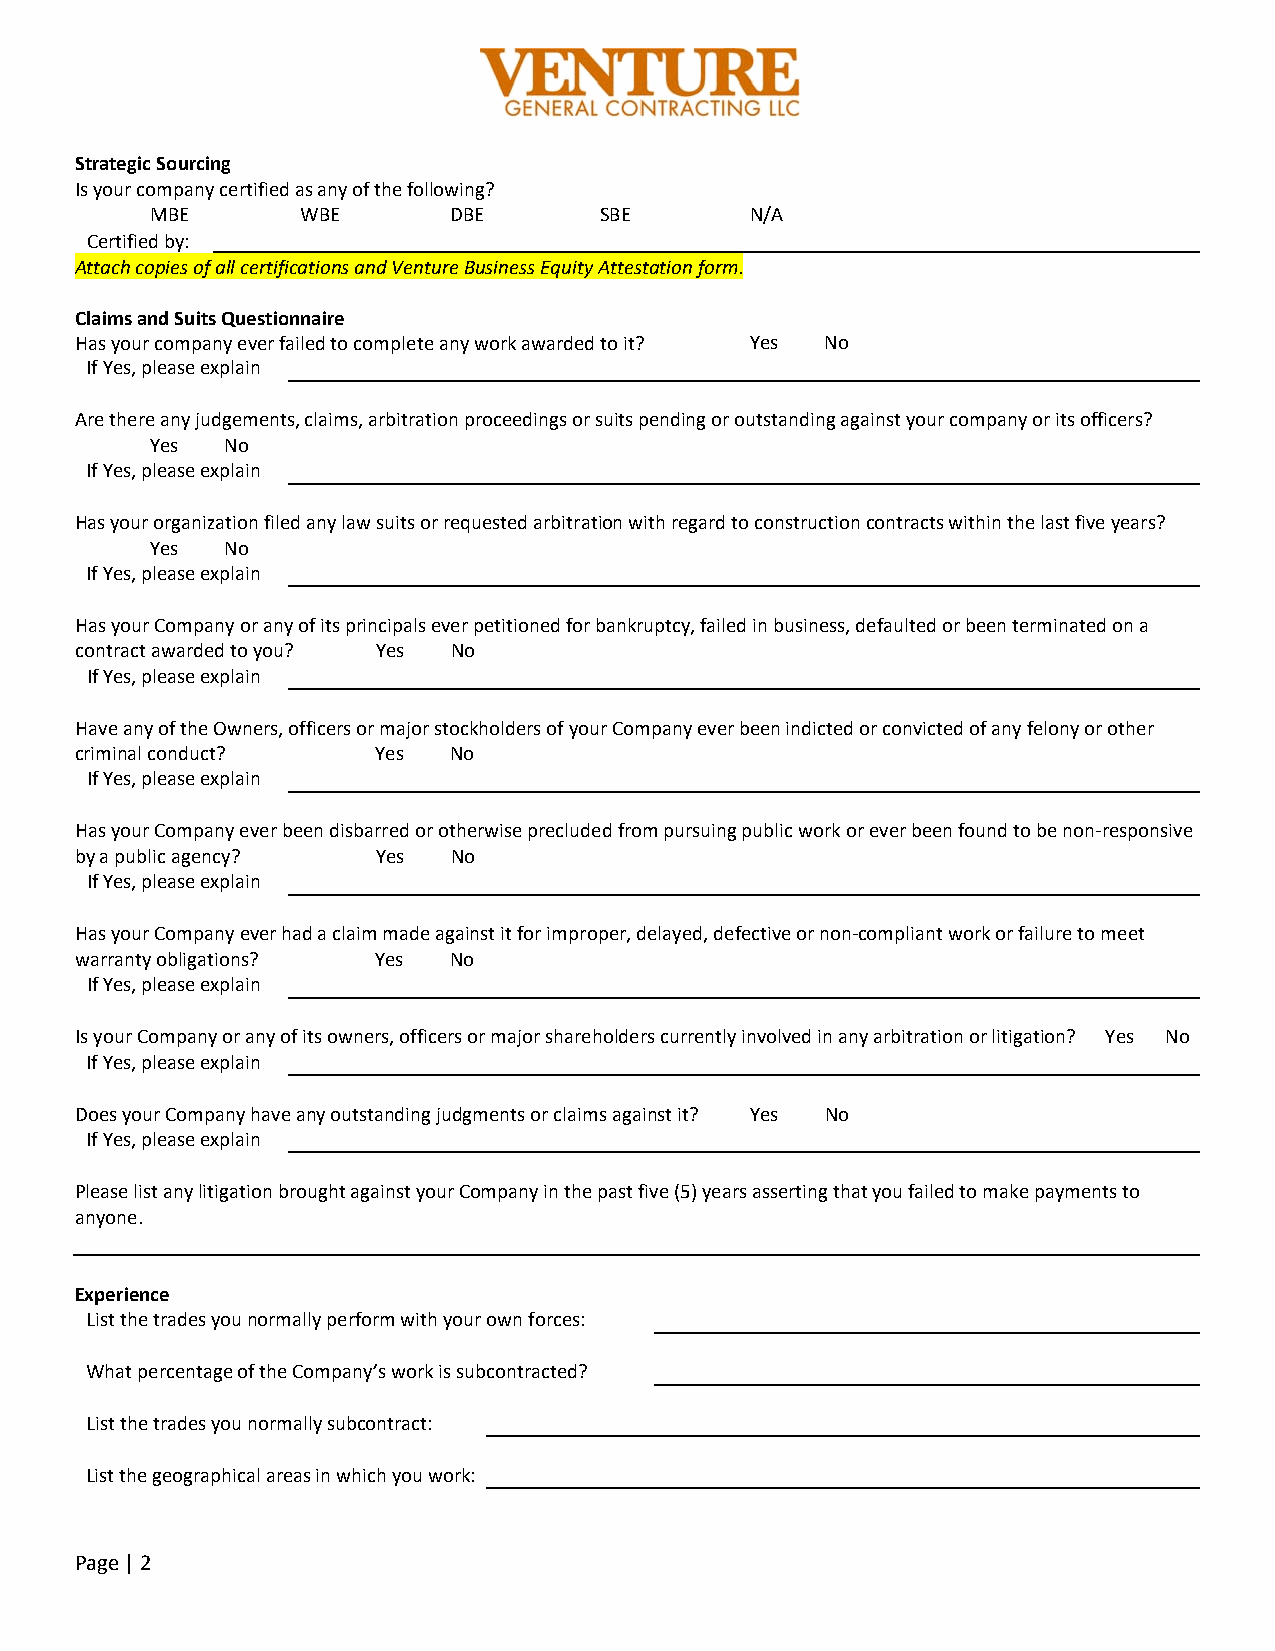
Strategic Sourcing
 Is your company certified as any of the following?
 MBE       WBE       DBE       SBE       N/A
 Certified by:
 Attach copies of all certifications and Venture Business Equity Attestation form.
 Claims and Suits Questionnaire
 Has your company ever failed to complete any work awarded to it? Yes No
 If Yes, please explain
 Are there any judgements, claims, arbitration proceedings or suits pending or outstanding against your company or its officers?
 Yes  No
 If Yes, please explain
 Has your organization filed any law suits or requested arbitration with regard to construction contracts within the last five years?
 Yes  No
 If Yes, please explain
 Has your Company or any of its principals ever petitioned for bankruptcy, failed in business, defaulted or been terminated on a
 contract awarded to you? Yes No
 If Yes, please explain
 Have any of the Owners, officers or major stockholders of your Company ever been indicted or convicted of any felony or other
 criminal conduct?   Yes  No
 If Yes, please explain
 Has your Company ever been disbarred or otherwise precluded from pursuing public work or ever been found to be non‐responsive
 by a public agency? Yes  No
 If Yes, please explain
 Has your Company ever had a claim made against it for improper, delayed, defective or non‐compliant work or failure to meet
 warranty obligations? Yes No
 If Yes, please explain
 Is your Company or any of its owners, officers or major shareholders currently involved in any arbitration or litigation? Yes No
 If Yes, please explain
 Does your Company have any outstanding judgments or claims against it? Yes No
 If Yes, please explain
 Please list any litigation brought against your Company in the past five (5) years asserting that you failed to make payments to
 anyone.
 Experience
 List the trades you normally perform with your own forces:
 What percentage of the Company’s work is subcontracted?
 List the trades you normally subcontract:
 List the geographical areas in which you work:
 Page | 2